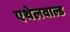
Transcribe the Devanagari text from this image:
एथेलवाल्ड